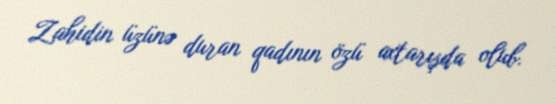
Zahidin üzünə duran qadının özü axtarışda olub.